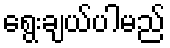
ရွေးချယ်ပါမည်